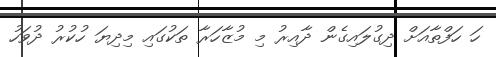
ހަ ހަފްތާއަށް ދިގުލައިގެން ދާއިރު މި މުޒާހަރާ ތަކުގައި މިދިޔަ ހުކުރު ދުވަހު